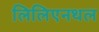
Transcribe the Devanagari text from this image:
लिलिएनथल